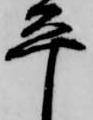
平